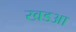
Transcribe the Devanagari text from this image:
खडआ